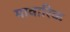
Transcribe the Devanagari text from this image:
मावारिक